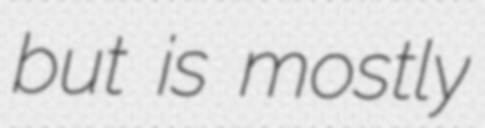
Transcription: but is mostly